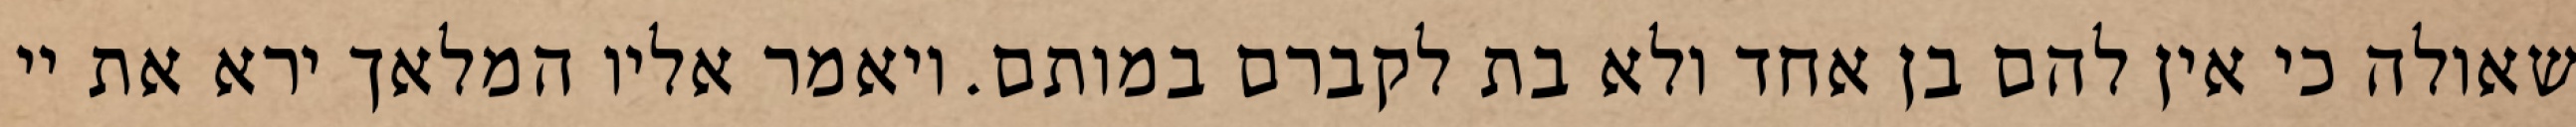
שאולה כי אין להם בן אחד ולא בת לקברם במותם. ויאמר אליו המלאך ירא את יי